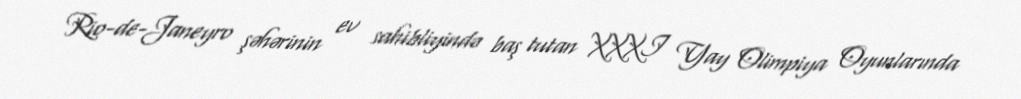
Rio-de-Janeyro şəhərinin ev sahibliyində baş tutan XXXI Yay Olimpiya Oyunlarında